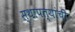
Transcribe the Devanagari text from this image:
स्थापत्यांची